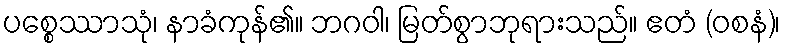
ပစ္စေဿာသုံ၊ နာခံကုန်၏။ ဘဂဝါ၊ မြတ်စွာဘုရားသည်။ ဧတံ (ဝစနံ)၊